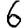
Digit: 6